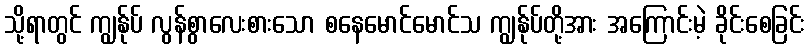
သို့ရာတွင် ကျွန်ုပ် လွန်စွာလေးစားသော စနေမောင်မောင်သ ကျွန်ုပ်တို့အား အကြောင်းမဲ့ ခိုင်းစေခြင်း